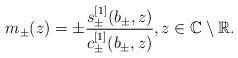
LaTeX: \begin{align*}m_\pm(z) = \pm \frac{s_\pm^{[1]}(b_\pm,z)}{c_\pm^{[1]}(b_\pm,z)}, z\in \mathbb{C}\setminus\mathbb{R}.\end{align*}